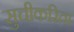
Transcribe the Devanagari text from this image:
सुचीकरिता